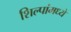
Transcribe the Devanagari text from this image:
शिल्पांमध्ये